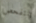
نتفحص